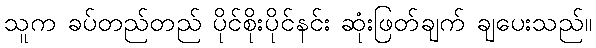
သူက ခပ်တည်တည် ပိုင်စိုးပိုင်နင်း ဆုံးဖြတ်ချက် ချပေးသည်။